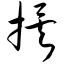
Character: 挨